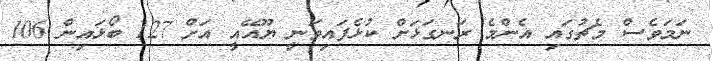
ނަމަވެސް މެޗުގައި އެންމެ ރަނގަޅަށް ކުޅެފައިވަނީ ޔޫއޭއީ އަށް 127 ބޯޅައިން 106